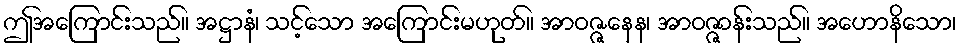
ဤအကြောင်းသည်။ အဋ္ဌာနံ၊ သင့်သော အကြောင်းမဟုတ်။ အာဝဇ္ဇနေန၊ အာဝဇ္ဇာန်းသည်။ အဟောနိသော၊